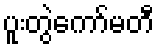
ပူးတွဲကော်မတီ